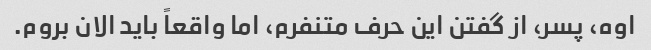
اوه، پسر، از گفتن این حرف متنفرم، اما واقعاً باید الان بروم.